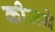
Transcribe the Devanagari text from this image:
कीजये